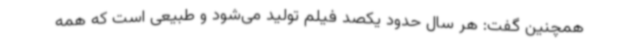
همچنین گفت: هر سال حدود یکصد فیلم تولید می‌شود و طبیعی است که همه